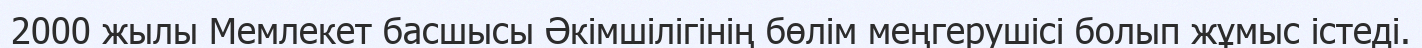
2000 жылы Мемлекет басшысы Әкімшілігінің бөлім меңгерушісі болып жұмыс істеді.